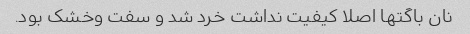
نان باگتها اصلا کیفیت نداشت خرد شد و سفت وخشک بود.